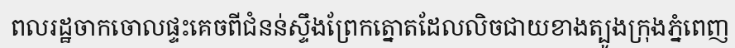
ពលរដ្ឋចាកចោលផ្ទះគេចពីជំនន់ស្ទឹងព្រែកត្នោតដែលលិចជាយខាងត្បូងក្រុងភ្នំពេញ